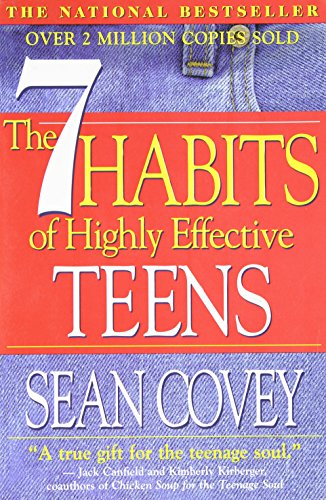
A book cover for The 7 Habits of Highly Effective Teens: The Ultimate Teenage Success Guide; Sean Covey; Christian Books & Bibles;